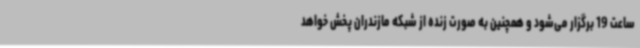
ساعت 19 برگزار می‌شود و همچنین به صورت زنده از شبکه مازندران پخش خواهد